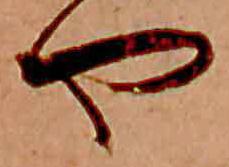
や